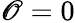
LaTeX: \mathscr{O}=0